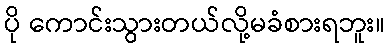
ပို ကောင်းသွားတယ်လို့မခံစားရဘူး။